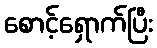
စောင့်ရှောက်ပြီး